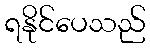
ရနိုင်ပေသည်